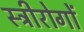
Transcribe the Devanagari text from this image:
स्त्रीरोगों